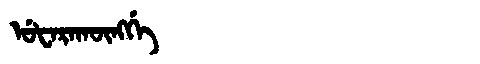
Manchu: ᡠᡶᠠᡵᠠᡴᡡᠩᡤᡝ
Romanization: UFARAKŪNGGE